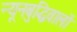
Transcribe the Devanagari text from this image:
न्यूनबुद्धिवालों